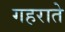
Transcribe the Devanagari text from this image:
गहराते